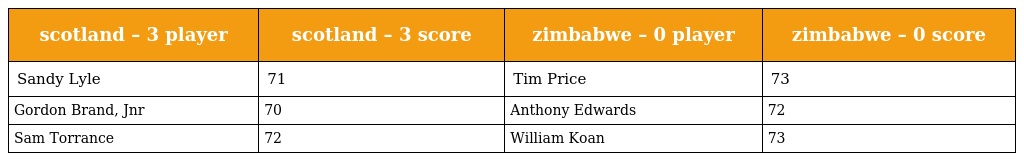
| scotland – 3 player | scotland – 3 score | zimbabwe – 0 player | zimbabwe – 0 score |
 | --- | --- | --- | --- |
 | Sandy Lyle | 71 | Tim Price | 73 |
 | Gordon Brand, Jnr | 70 | Anthony Edwards | 72 |
 | Sam Torrance | 72 | William Koan | 73 |